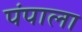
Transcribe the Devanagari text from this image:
पंपाला